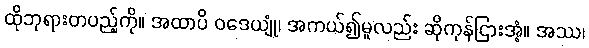
ထိုဘုရားတပည့်ကို။ အထာပိ ဝဒေယျုံ၊ အကယ်၍မူလည်း ဆိုကုန်ငြားအံ့။ အဿ၊